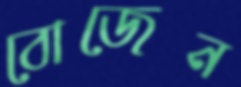
বোজেন